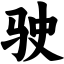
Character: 驶